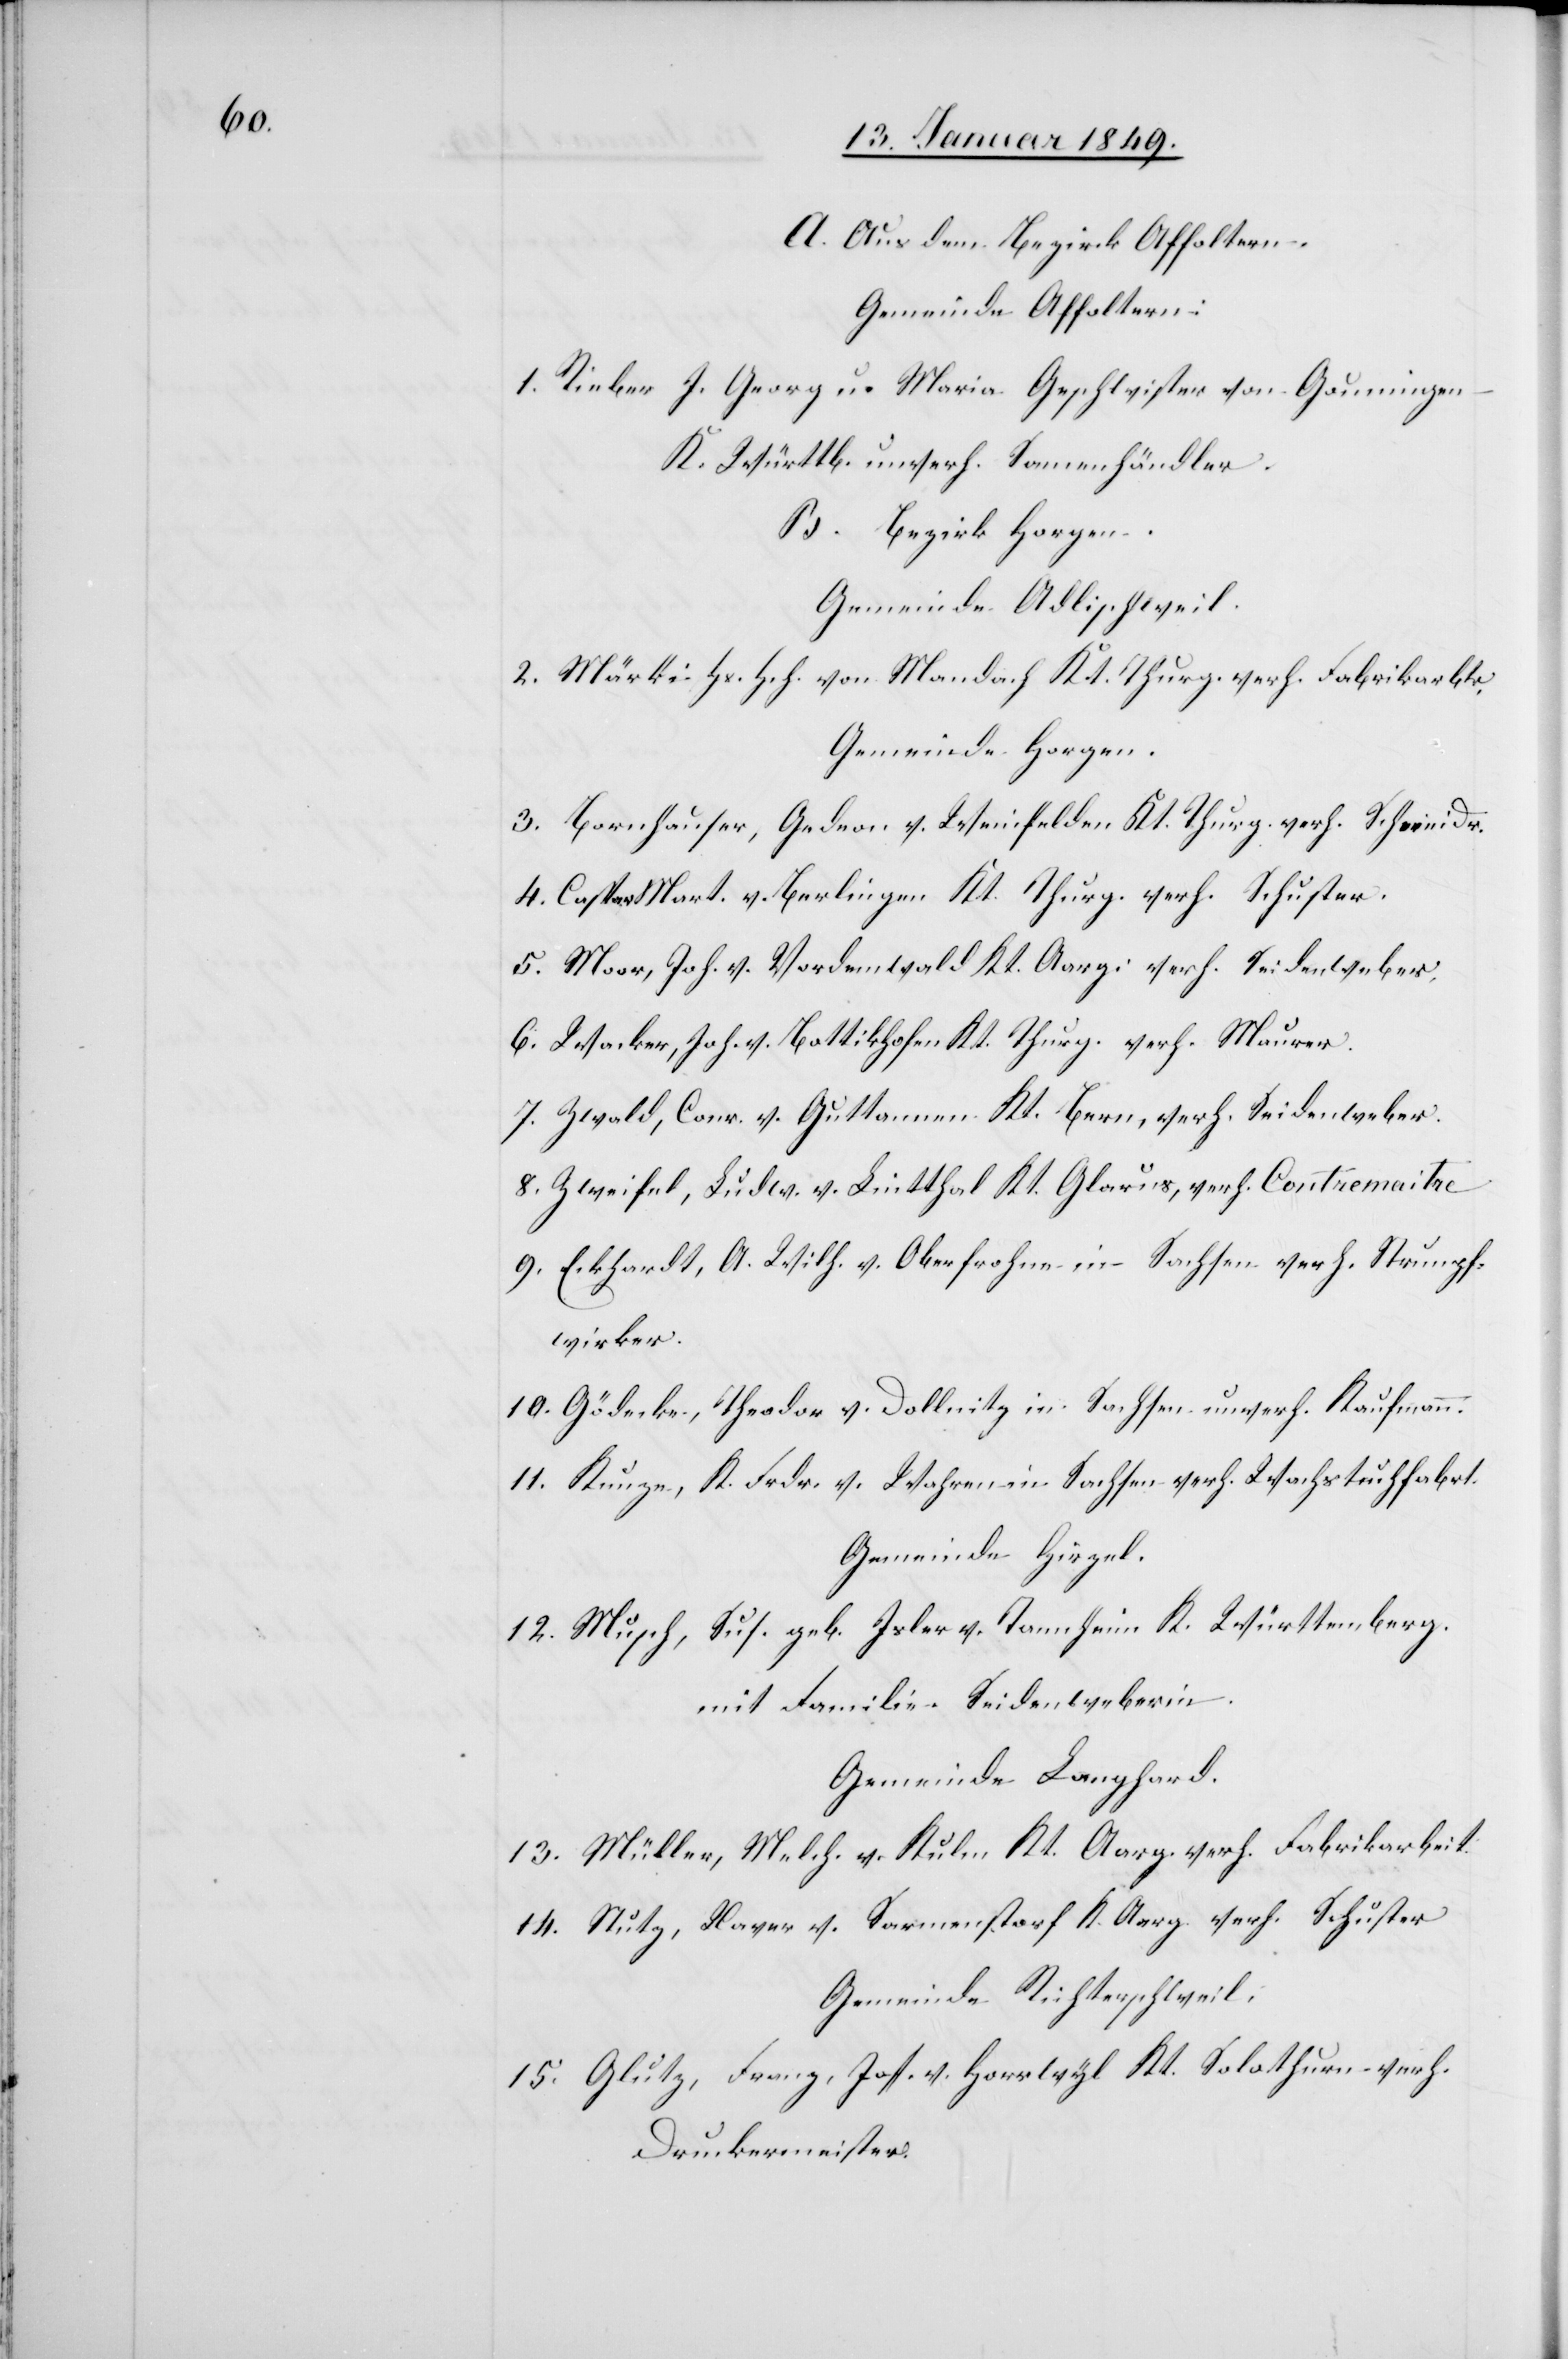
A. Aus dem Bezirk Affoltern.
Gemeinde Affoltern:
1. Rieber J. Georg u. Maria Geschwister von Gouningen
K. Württb. unverh. Samenhändler.
B. Bezirk Horgen.
Gemeinde Adlischweil.
2. Märki Hs. Hch. von Mandach Kt. Thurg. verh. Fabrikarbtr.
Gemeinde Horgen.
3. Bornhauser, Gedeon v. Weinfelden Kt. Thurg. verh. Schneidr.
4. Caspar Mart. v. Berlingen Kt. Thurg. verh. Schuster.
5. Moor, Joh. v. Vordemwald Kt. Aarg. verh. Seidenweber.
6. Wacker, Joh. v. Bottikhofen Kt. Thurg. verh. Maurer.
7. Zwald, Conr. v. Guttannen Kt. Bern, verh. Seidenweber.
8. Zweifel, Ludw. v. Lintthal Kt. Glarus, verh. Contremaitre.
9. Eckhardt, A. Wilh. v. Oberfrohne in Sachsen verh. Strumpf¬
wirker.
10. Gödecke, Theodor v. Dollnitz in Sachsen unverh. Kaufmann.
11. Kunze, K. Frdr. v. Wahren in Sachsen verh. Wachstuchfabrt.
Gemeinde Hirzel.
12. Musch, Sus. geb. Isler v. Tannheim K. Württemberg.
mit Familie. Seidenweberin.
Gemeinde Langhard.
13. Müller, Melch. v. Kulm Kt. Aarg. verh. Fabrikarbeit.
14. Stutz, Xaver v. Sarmenstorf K. Aarg. verh. Schuster
Gemeinde Richterschweil.
15. Glutz, Franz, Jos. v. Horrwyl Kt. Solothurn, verh.
Druckermeister.